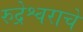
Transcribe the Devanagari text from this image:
रुद्रेश्वराचे